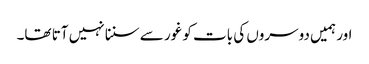
اور ہمیں دوسروں کی بات کو غور سے سننا نہیں آتا تھا۔